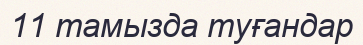
11 тамызда туғандар